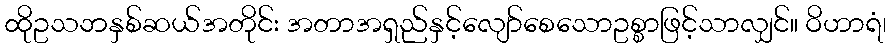
ထိုဥသဘနှစ်ဆယ်အတိုင်း အတာအရှည်နှင့်လျော်စေသောဥစ္စာဖြင့်သာလျှင်။ ဝိဟာရံ၊